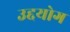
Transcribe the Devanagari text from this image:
उद्दयोग